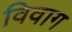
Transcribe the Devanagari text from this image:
विवाग